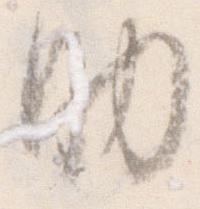
助